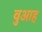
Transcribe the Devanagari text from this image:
वुआह